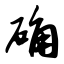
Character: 确